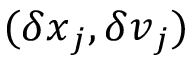
( \delta \v { x } _ { j } , \delta \v { v } _ { j } )